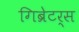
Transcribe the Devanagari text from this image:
गिब्रेटर्स